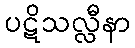
ပဋိသလ္လီနာ